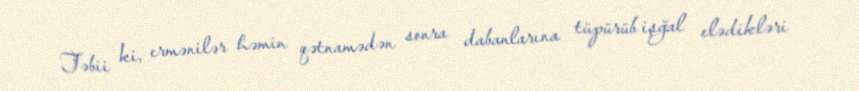
Təbii ki, ermənilər həmin qətnamədən sonra dabanlarına tüpürüb işğal elədikləri